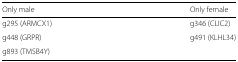
<table><thead><tr><td><b>Only male</b></td><td><b>Only female</b></td></tr></thead><tbody><tr><td>g295 (ARMCX1)</td><td>g346 (CLIC2)</td></tr><tr><td>g448 (GRPR)</td><td>g491 (KLHL34)</td></tr><tr><td>g893 (TMSB4Y)</td><td></td></tr></tbody></table>